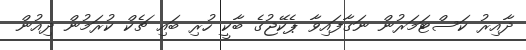
ދާއިރު ކަސްޓަމަރުން ނަގާފައިވާ ޕެކޭޖުގެ ބާކީ ހުރި ބައި ޗެކް ކުރަމުން ދިއުން